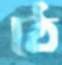
ঠে